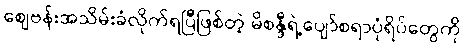
စျေဗန်းအသိမ်းခံလိုက်ရပြီဖြစ်တဲ့ မိစန္ဒီရဲ့ပျော်စရာပုံရိပ်တွေကို